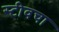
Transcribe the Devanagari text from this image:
स्टीवचा